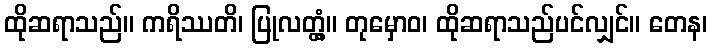
ထိုဆရာသည်။ ကရိဿတိ၊ ပြုလတ္တံ့။ တုမှောဝ၊ ထိုဆရာသည်ပင်လျှင်။ တေန၊